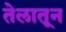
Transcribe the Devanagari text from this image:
तेलातून